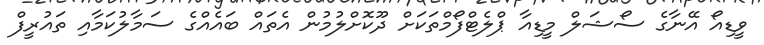
ވީޑިއޯ އޭނާގެ ސޯޝަލް މީޑިއާ ޕްލެޓްފޯމްތަކަށް ދޫކޮށްލުމުން އެތައް ބައެއްގެ ސަމާލުކަމާއި ތައުރީފް